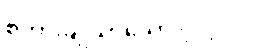
စကားချိုသာသော ပုဂ္ဂိုလ်။